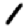
Digit: 1